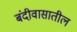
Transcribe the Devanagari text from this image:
बंदीवासातील